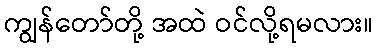
ကျွန်တော်တို့ အထဲ ဝင်လို့ရမလား။